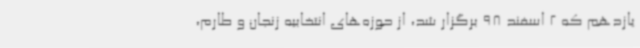
یازدهم که 2 اسفند 98 برگزار شد، از حوزه‌های انتخابیه زنجان و طارم،